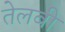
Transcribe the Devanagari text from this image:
तेलबी